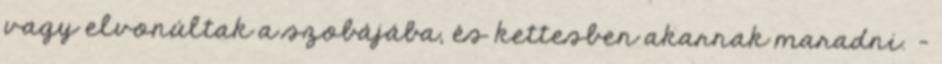
vagy elvonúltak a szobájába, és kettesben akarnak maradni. -